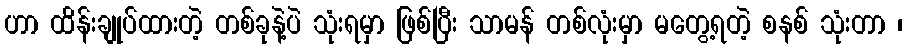
ဟာ ထိန်းချုပ်ထားတဲ့ တစ်ခုနဲ့ပဲ သုံးရမှာ ဖြစ်ပြီး သာမန် တစ်လုံးမှာ မတွေ့ရတဲ့ စနစ် သုံးတာ ၊